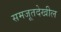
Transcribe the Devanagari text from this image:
समजूतदेखील